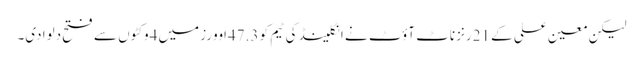
لیکن معین علی کے 21رنز ناٹ آؤٹ نے انگلینڈ کی ٹیم کو 47.3اَوورز میں 4وکٹوں سے فتح دلوا دی۔